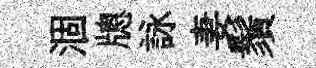
涸牕詠妻鬚